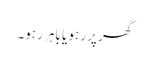
گھر پر رہو یا باہر رہو۔